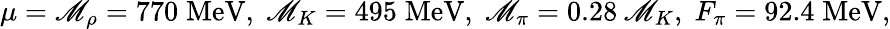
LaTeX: \mu=\mathscr{M}_{\rho}=770\; \mathrm{{MeV}},\; \mathscr{M}_{K}=495\; \mathrm{{MeV}},\; \mathscr{M}_{\pi}=0.28\: \mathscr{M}_{K},\; F_{\pi}=92.4\; \mathrm{{MeV,}}